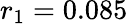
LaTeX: r_{1}=0.085